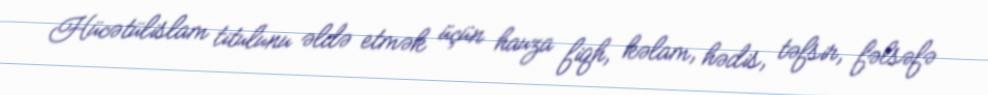
Hücətülislam titulunu əldə etmək üçün hauza fiqh, kəlam, hədis, təfsir, fəlsəfə